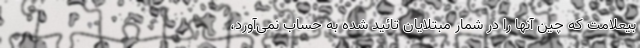
بیعلامت که چین آنها را در شمار مبتلایان تائید شده به حساب نمی‌آورد،